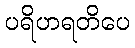
ပရိဟရတိပေ